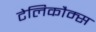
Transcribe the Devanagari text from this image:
टेलिकौम्स